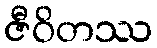
ဇီဝိတဿ